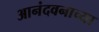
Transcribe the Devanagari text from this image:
आनंदवनाच्या